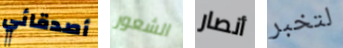
أصدقائي الشعور أنصار لتخبر